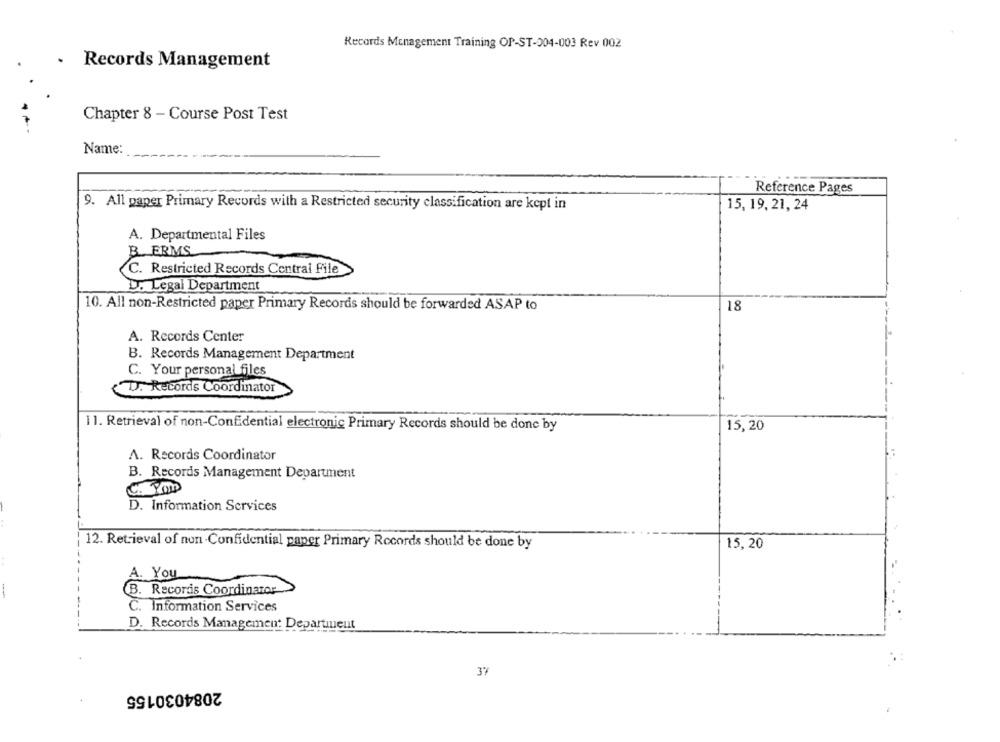
Records Management Training OP-ST-004-003 Rev 002
Records Management
Chapter 8 - Course Post Test
Name:
Reference Pages
9. All paper Primary Records with a Restricted security classification are kept in
15, 19, 21, 24
A. Departmental Files
B. ERMS
C. Restricted Records Central File
D. Legal Department
10. All non-Restricted paper Primary Records should be forwarded ASAP to
18
A. Records Center
B. Records Management Department
C. Your personal files
D. Records Coordinator
11. Retrieval of non-Confidential electronic Primary Records should be done by
15,20
A. Records Coordinator
B. Records Management Department
D. Information Services
12. Retrieval of non-Confidential paper Primary Records should be done by
15,20
A. You
B. Records Coordinator
C. Information Services
D. Records Management Department
37
2084030155